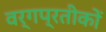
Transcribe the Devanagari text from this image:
वर्गप्रतीकों